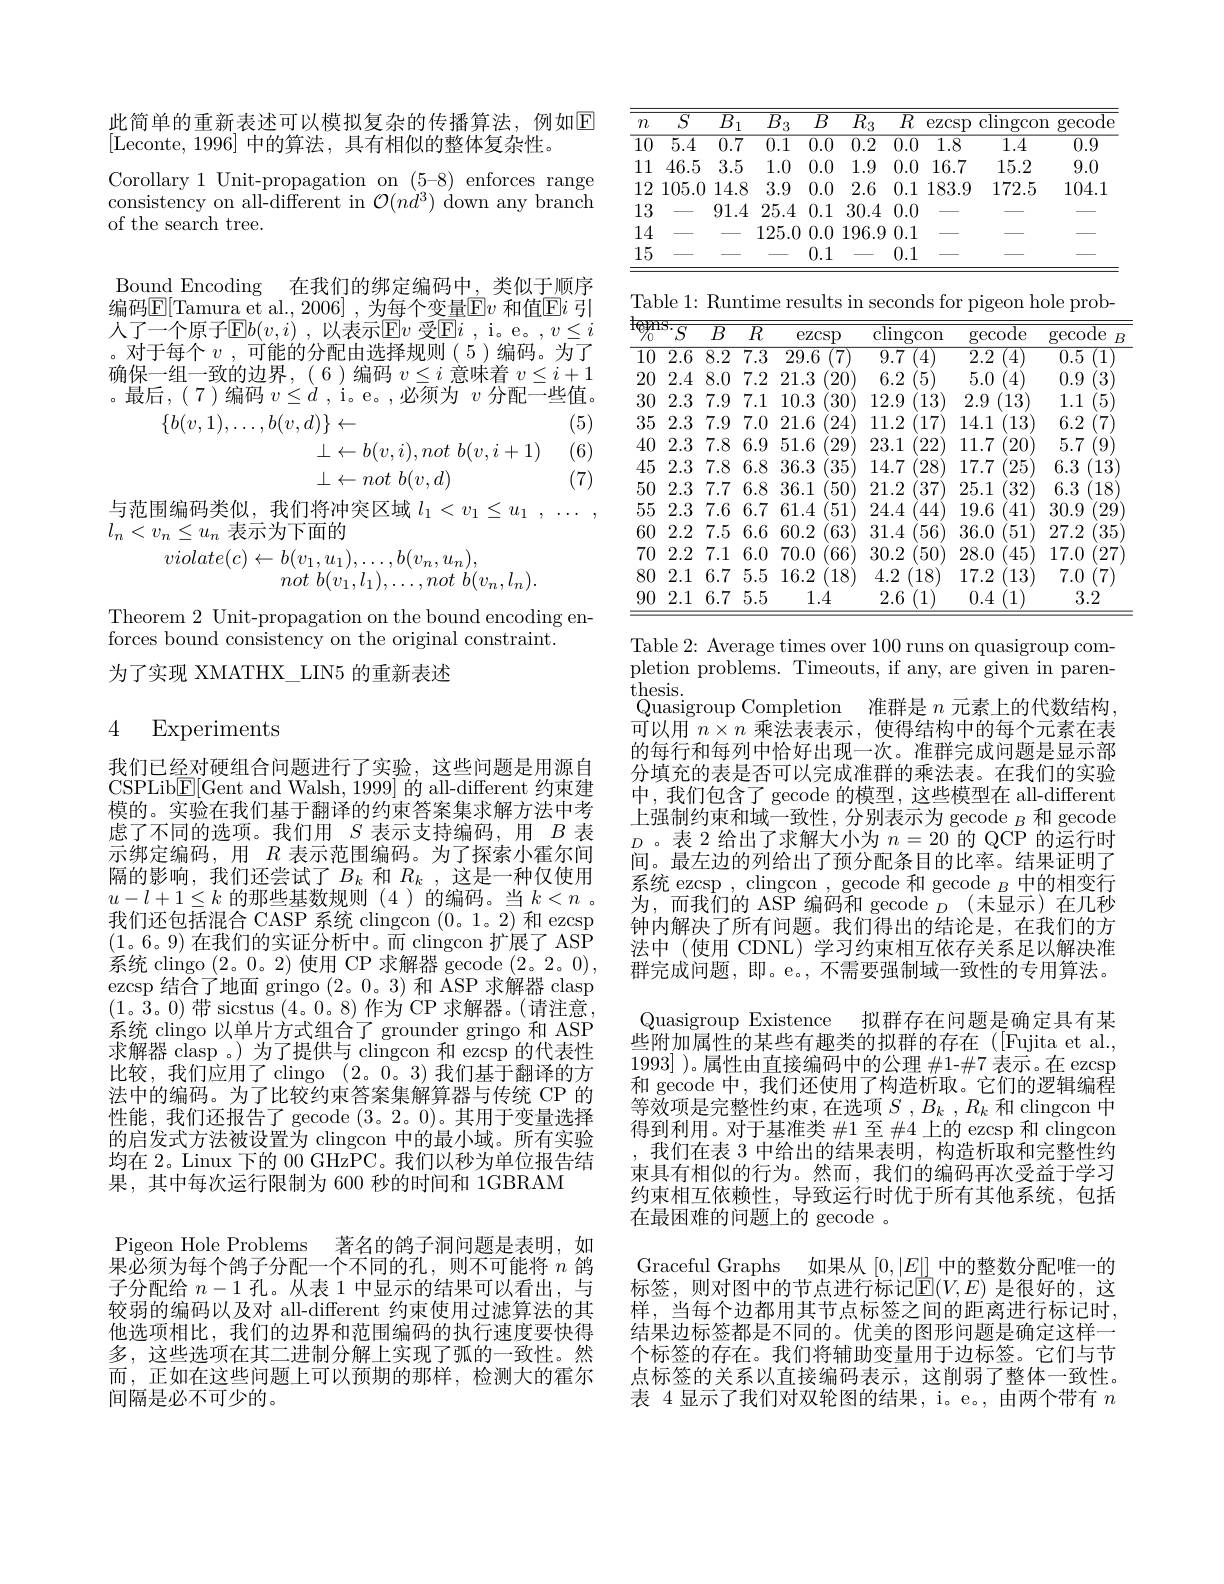
此简单的重新表述可以模拟复杂的传播算法，例如$\mathbb{E}$
[Leconte,1996] 中的算法，具有相似的整体复杂性。
Corollary 1 Unit-propagation on (5-8) enforces range $\begin{array}{l}{\mathrm{consistency~on~all-different~in~}}{\mathcal{O}(nd^{3})~\mathrm{down~any~branch}}\\{\mathrm{of~the~search~tree.}}\end{array}$

Bound Encoding 在我们的绑定编码中，类似于顺序编码$\boxed{\mathrm{E}}[$Tamura et al., 2006] , 为每个变量$\boxed{\mathrm{F}}v$ 和值$\boxed{\mathrm{E}}i$ 引人了一个原子E$b( v, i) , 以 表 示 Ev 受 Ei , i。e。, v\leq i$ 。对于每个$v$,可能的分配由选择规则(5)编码。为了确保一组一致的边界，(6)编码$v\leq i$意味着$v\leq i+1$ 。最后，(7)编码$v\leq d$ , i。e。,必须为$v$分配一些值。
(5)
$$\{b(v,1),\ldots,b(v,d)\}\leftarrow\\\bot\leftarrow b(v,i),not~b(v,i+1)\\\bot\leftarrow not~b(v,d)$$
(6)

(7)

与范围编码类似，我们将冲突区域$l_1<v_1\leq u_1,\ldots$
$l_n<v_n\leq u_n$表示为下面的

$violate(c)\leftarrow b(v_1,u_1),\ldots,b(v_n,u_n)$,
not $b( v_{1}, l_{1}) , \ldots , not$ $b( v_{n}, l_{n}) .$

Theorem 2 Unit-propagation on the bound encoding en-
forces bound consistency on the original constraint.
为了实现 XMATHX\_LIN5 的重新表述

## 4 Experiments

我们已经对硬组合问题进行了实验，这些问题是用源自CSPLib$\underline{\mathrm{E}}[$Gent and Walsh, 1999] 的 all-different 约束建模的。实验在我们基于翻译的约束答案集求解方法中考虑了不同的选项。我们用$S$表示支持编码，用$B$表示绑定编码，用$R$表示范围编码。为了探索小霍尔间隔的影响，我们还尝试了$B_k$和$R_k$,这是一种仅使用$u-l+1\leq k$的那些基数规则(4)的编码。当$k<n$ 。我们还包括混合 CASP 系统 clingcon (0。1。2) 和 ezcsp (1。6。9)在我们的实证分析中。而 clingcon 扩展了 ASP 系统 clingo (2。0。2)使用 CP 求解器 gecode (2。2。0), ezcsp 结合了地面 gringo (2。0。3) 和 ASP 求解器 clasp (1。3。0)带 sicstus (4。0。8)作为 CP 求解器。(请注意， 系统 clingo 以单片方式组合了 grounder gringo 和 ASP 求解器 clasp 。) 为了提供与 clingcon 和 ezcsp 的代表性比较，我们应用了 clingo (2。0。3)我们基于翻译的方法中的编码。为了比较约束答案集解算器与传统 CP 的性能，我们还报告了 gecode (3。2。0)。其用于变量选择的启发式方法被设置为 clingcon 中的最小域。所有实验均在 2。Linux 下的 00 GHzPC。我们以秒为单位报告结果，其中每次运行限制为 600 秒的时间和 1GBRAM
Pigeon Hole Problems
著名的鸽子洞问题是表明，如
$\bar{\text{果必须为每个鸽子分配一个不同的孔，则不可能将 }n}$鸽子分配给$n-1$孔。从表 1 中显示的结果可以看出，与较弱的编码以及对 all-different 约束使用过滤算法的其他选项相比，我们的边界和范围编码的执行速度要快得多，这些选项在其二进制分解上实现了弧的一致性。然而，正如在这些问题上可以预期的那样，检测大的霍尔间隔是必不可少的。

<table>
	<tbody>
		<tr>
			<th>$m$</th>
			<th>$\overline{S}$</th>
			<th>$\overline{B}$ 1</th>
			<th>$\overline{B_{3}}$</th>
			<th>$\overline{B}$</th>
			<th>$\overline{R_{3}}$</th>
			<th>$\overline{R}$</th>
			<th>ezcsp</th>
			<th>$\overline{{\mathrm{clingcon}}}$</th>
			<th>gecode</th>
		</tr>
		<tr>
			<td>$\overline{10}$ 1 1 JI</td>
			<td>$\overline{5.4}$</td>
			<td>$\overline{0.7}$</td>
			<td>$\overline{0.1}$</td>
			<td>$\overline{0.0}$</td>
			<td>$\overline{0.2}$</td>
			<td>$\overline{0.0}$</td>
			<td>$\overline{1.8}$</td>
			<td>1.4</td>
			<td>$\overline{0.9}$</td>
		</tr>
		<tr>
			<td>1 1 1 1 JL</td>
			<td>46.5</td>
			<td>3.5</td>
			<td>1.0</td>
			<td>0.0</td>
			<td>1.9</td>
			<td>0.0</td>
			<td>16.7</td>
			<td>15.2</td>
			<td>9.0</td>
		</tr>
		<tr>
			<td>1 2 JI</td>
			<td>105.0</td>
			<td>14.8</td>
			<td>3.9</td>
			<td>0.0</td>
			<td>2.6</td>
			<td>0.1 </td>
			<td>183.9</td>
			<td>172.5</td>
			<td>104.1</td>
		</tr>
		<tr>
			<td>3 1 1 1 1 1 1 1</td>
			<td> </td>
			<td>91.4</td>
			<td>25.4</td>
			<td>0.1 </td>
			<td>30.4</td>
			<td>0.0</td>
			<td> </td>
			<td> </td>
			<td> </td>
		</tr>
		<tr>
			<td>.4 1. $\frac{1}{2}=\frac{1}{2}$ II 1 1 1</td>
			<td> </td>
			<td> </td>
			<td>125.0</td>
			<td>0.0</td>
			<td>196.9</td>
			<td>0.1 1</td>
			<td> </td>
			<td> </td>
			<td> </td>
		</tr>
		<tr>
			<td>$\lfloor5$ 1 1 1 1</td>
			<td> </td>
			<td> </td>
			<td> </td>
			<td>0.1 </td>
			<td> </td>
			<td>0.1 </td>
			<td> </td>
			<td> </td>
			<td> </td>
		</tr>
	</tbody>
</table>

Table 1: Runtime results in seconds for pigeon hole prob-
<table>
	<tbody>
		<tr>
			<th>Valyl $\%$</th>
			<th>$\overline{S}$ 方</th>
			<th>$\overline{B}$</th>
			<th>$\overline{R}$</th>
			<th>ezcsp</th>
			<th>${\overline{{\mathrm{clingcon}}}}$</th>
			<th>gecode</th>
			<th>$\operatorname{gecode}$ $B$</th>
		</tr>
		<tr>
			<td>$\overline{10}$</td>
			<td>${\overline{2.6}}$</td>
			<td>$\overline{8.2}$</td>
			<td>$\overline{7.3}$</td>
			<td>29.6 $\because\angle AC=\angle AC$</td>
			<td>9.7 4</td>
			<td>$\overline{2.2}$ 4</td>
			<td>71 0.5</td>
		</tr>
		<tr>
			<td>20</td>
			<td>2.4</td>
			<td>8.0</td>
			<td>7.2</td>
			<td>21.3 20</td>
			<td>6.2</td>
			<td>5.0</td>
			<td>0.9</td>
		</tr>
		<tr>
			<td>30</td>
			<td>2.3</td>
			<td>7.9</td>
			<td>7.1 1</td>
			<td>30 10.3</td>
			<td>12.9 13</td>
			<td>2.9 (13</td>
			<td>1.1</td>
		</tr>
		<tr>
			<td>35</td>
			<td>2.3</td>
			<td>7.9</td>
			<td>7.0</td>
			<td>21.6 24</td>
			<td>11.2 17</td>
			<td>14.1 $13^{'}$</td>
			<td>6.2</td>
		</tr>
		<tr>
			<td>40</td>
			<td>2.3</td>
			<td>7.8</td>
			<td>6.9</td>
			<td>51.6 29</td>
			<td>23.1 222</td>
			<td>11.7 20</td>
			<td>5.7</td>
		</tr>
		<tr>
			<td>45</td>
			<td>2.3</td>
			<td>7.8</td>
			<td>6.8</td>
			<td>36.3 35</td>
			<td>14.7 28</td>
			<td>17.7 25</td>
			<td>6.3 13</td>
		</tr>
		<tr>
			<td>50</td>
			<td>2.3</td>
			<td>7.7</td>
			<td>6.8</td>
			<td>36.1 50</td>
			<td>21.2 37</td>
			<td>25.1 32</td>
			<td>6.3 18</td>
		</tr>
		<tr>
			<td>55</td>
			<td>2.3</td>
			<td>7.6</td>
			<td>6.7</td>
			<td>61.4 51</td>
			<td>24.4</td>
			<td>19.6 41</td>
			<td>30.9 29</td>
		</tr>
		<tr>
			<td>60 T</td>
			<td>2.2</td>
			<td>7.5</td>
			<td>6.6</td>
			<td>60.2 $k^{\prime\prime}$ - - 1 、 一 1 1</td>
			<td>31.4 56</td>
			<td>36.0 51</td>
			<td>27.2 35</td>
		</tr>
		<tr>
			<td>70</td>
			<td>2.2</td>
			<td>7.1 1 </td>
			<td>6.0</td>
			<td>70.0 66</td>
			<td>30.2 50</td>
			<td>28.0 45</td>
			<td>17.0 27</td>
		</tr>
		<tr>
			<td>80</td>
			<td>2.1 </td>
			<td>6.7</td>
			<td>5.5</td>
			<td>16.2 18</td>
			<td>4.2 $18^{\prime}$</td>
			<td>17.2 13</td>
			<td>7.0</td>
		</tr>
		<tr>
			<td>90</td>
			<td>2.1 </td>
			<td>6.7</td>
			<td>5.5</td>
			<td>1.4</td>
			<td>2.6 1 1</td>
			<td>0.4 1</td>
			<td>3.2</td>
		</tr>
	</tbody>
</table>

Table 2: Average times over 100 runs on quasigroup completion problems. Timeouts, if any, are given in paren- $\mathop{\mathrm{thesis.}}$
Quasigroup Completion 准群是$n$元素上的代数结构， 可以用$n\times n$乘法表表示，使得结构中的每个元素在表的每行和每列中恰好出现一次。准群完成问题是显示部分填充的表是否可以完成准群的乘法表。在我们的实验中，我们包含了 gecode 的模型，这些模型在 all-different 上强制约束和域一致性，分别表示为 gecode $_B$和 gecode $D$ 。表 2 给出了求解大小为$n=20$的 QCP 的运行时间。最左边的列给出了预分配条目的比率。结果证明了系统 ezcsp , clingcon , gecode 和 gecode $_B$中的相变行为，而我们的 ASP 编码和 gecode $_D($未显示)在几秒钟内解决了所有问题。我们得出的结论是，在我们的方法中 (使用 CDNL) 学习约束相互依存关系足以解决准群完成问题，即。e。,不需要强制域一致性的专用算法。
拟群存在问题是确定具有某
Quasigroup Existence
些附加属性的某些有趣类的拟群的存在([Fujita et al., 1993] )。属性由直接编码中的公理$\#$1-\#7 表示。在 ezcsp 和 gecode 中，我们还使用了构造析取。它们的逻辑编程等效项是完整性约束，在选项$S,B_k,R_k$和 clingcon 中得到利用。对于基准类$\#$1 至 #4 上的 ezcsp 和 clingcon ,我们在表 3 中给出的结果表明，构造析取和完整性约束具有相似的行为。然而，我们的编码再次受益于学习约束相互依赖性，导致运行时优于所有其他系统，包括在最困难的问题上的 gecode 。
Graceful Graphs 如果从$[0,|E|]$中的整数分配唯一的标签，则对图中的节点进行标记$\widehat{\mathbb{E}}(V,E)$ 是很好的，这样，当每个边都用其节点标签之间的距离进行标记时， 结果边标签都是不同的。优美的图形问题是确定这样一个标签的存在。我们将辅助变量用于边标签。它们与节点标签的关系以直接编码表示，这削弱了整体一致性。表 4 显示了我们对双轮图的结果，i。e。, 由两个带有$n$